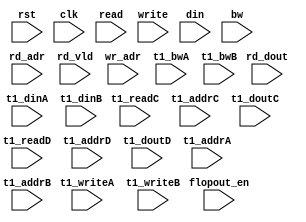
module algo_2r2w_b751_sva_wrap(rst,clk, flopout_en, read, rd_adr, rd_dout, rd_vld, write, wr_adr, din, bw, 
  t1_readC, t1_addrC, t1_doutC, 
  t1_readD, t1_addrD, t1_doutD, 
  t1_writeA, t1_addrA, t1_dinA, t1_bwA,
  t1_writeB, t1_addrB, t1_dinB, t1_bwB

);
parameter IP_WIDTH = 15;
parameter IP_BITWIDTH = 4;
parameter IP_NUMADDR = 256;
parameter IP_BITADDR = 8;
parameter IP_NUMVBNK = 1;
parameter IP_BITVBNK = 0;
parameter IP_SECCBITS = 4;
parameter IP_SECCDWIDTH = 1;
parameter IP_BITPBNK = 0;
parameter FLOPIN = 0;
parameter FLOPOUT = 0;
parameter IP_ENAECC = 0;
parameter IP_DECCBITS = 6;
parameter IP_ENAPAR = 0;
parameter FLOPMEM = 0;
parameter FLOPCMD = 0;
parameter T1_WIDTH = 15;
parameter T1_PHYWDTH = 15;
parameter T1_NUMVBNK = 1;
parameter T1_BITVBNK = 0;
parameter T1_DELAY = 2;
parameter T1_NUMVROW = 256;
parameter T1_BITVROW = 8;
parameter T1_BITWSPF = 0;
parameter T1_NUMWRDS = 1;
parameter T1_BITWRDS = 0;
parameter T1_NUMSROW = 256;
parameter T1_BITSROW = 8;
parameter NUMWRPRT = 2;
parameter NUMRDPRT = 2;
parameter BITADDR = IP_BITADDR;
parameter WIDTH = IP_WIDTH;


input                             rst,clk;

input                             flopout_en;

input  [NUMRDPRT-1:0]             read;
input  [NUMRDPRT*BITADDR-1:0]     rd_adr;
input [NUMRDPRT*WIDTH-1:0]       rd_dout;
input [NUMRDPRT-1:0]             rd_vld;

input  [NUMWRPRT-1:0]             write;
input  [NUMWRPRT*BITADDR-1:0]     wr_adr;
input  [NUMWRPRT*WIDTH-1:0]       din;
input  [NUMWRPRT*WIDTH-1:0]       bw;

input                            t1_readC;
input [BITADDR-1:0]              t1_addrC;
input  [WIDTH-1:0]                t1_doutC;

input                            t1_readD;
input [BITADDR-1:0]              t1_addrD;
input  [WIDTH-1:0]                t1_doutD;

input                            t1_writeA;
input [BITADDR-1:0]              t1_addrA;
input [WIDTH-1:0]                t1_dinA;
input [WIDTH-1:0]                t1_bwA;

input                            t1_writeB;
input [BITADDR-1:0]              t1_addrB;
input [WIDTH-1:0]                t1_dinB;
input [WIDTH-1:0]                t1_bwB;

endmodule